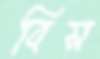
বিস